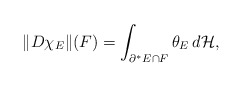
\begin{align*}\Vert D\chi_{E}\Vert(F)=\int_{\partial^{*}E\cap F}\theta_E\,d\mathcal H,\end{align*}